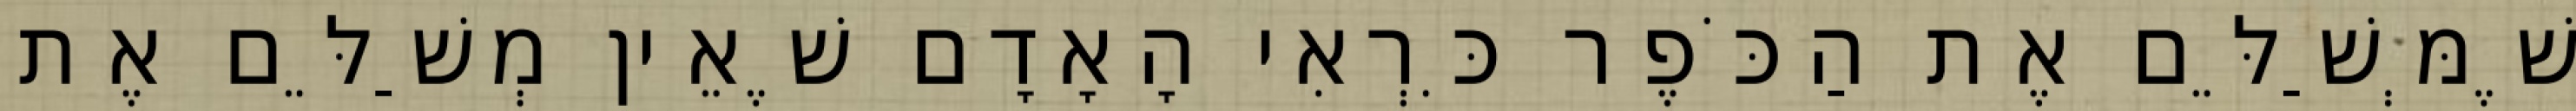
שֶׁמְּשַׁלֵּם אֶת הַכֹּפֶר כִּרְאִי הָאָדָם שֶׁאֵין מְשַׁלֵּם אֶת